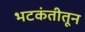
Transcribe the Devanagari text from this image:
भटकंतीतून